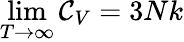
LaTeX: \operatorname*{lim}_{T\rightarrow\infty}\mathcal{C}_{V}=3Nk